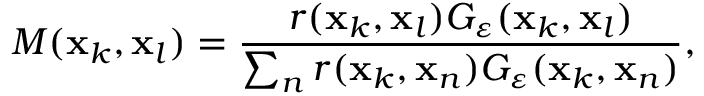
M ( \mathbf { x } _ { k } , \mathbf { x } _ { l } ) = \frac { r ( \mathbf { x } _ { k } , \mathbf { x } _ { l } ) G _ { \varepsilon } ( \mathbf { x } _ { k } , \mathbf { x } _ { l } ) } { \sum _ { n } r ( \mathbf { x } _ { k } , \mathbf { x } _ { n } ) G _ { \varepsilon } ( \mathbf { x } _ { k } , \mathbf { x } _ { n } ) } ,